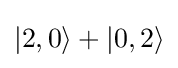
|2,0\rangle +|0,2\rangle